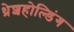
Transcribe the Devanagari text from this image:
थ्रेशहोल्डिंग